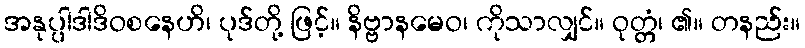
အနုပ္ပါဒါဒိဝစနေဟိ၊ ပုဒ်တို့ ဖြင့်။ နိဗ္ဗာနမေဝ၊ ကိုသာလျှင်။ ဝုတ္တံ၊ ၏။ တနည်း။